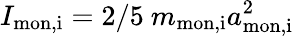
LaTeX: {I_{\mathrm{mon,i}}=2/5\ m_{\mathrm{mon,i}}a_{\mathrm{mon,i}}^{2}}